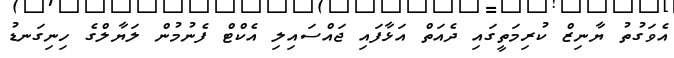
އެވަގުތު ޔާނިޒް ކުރިމަތީގައި ދެއަތް އަޅާފައި ޖައްސައިލި އެކްޓް ފެނުމުން ލަޔާލްގެ ހިނިގަނޑު